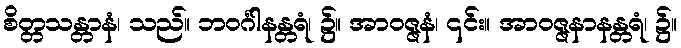
စိတ္တသန္တာနံ၊ သည်။ ဘဝင်္ဂါနန္တရံ၊ ၌။ အာဝဇ္ဇနံ၊ ၎င်း။ အာဝဇ္ဇနာနန္တရံ၊ ၌။